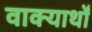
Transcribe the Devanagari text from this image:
वाक्यार्थों